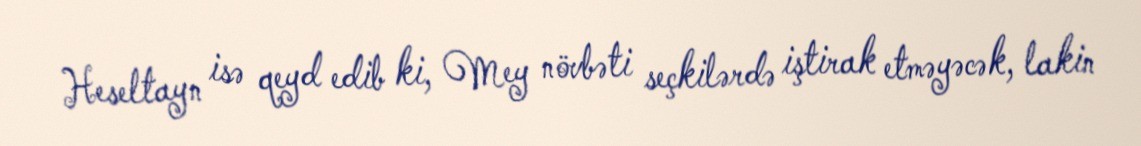
Heseltayn isə qeyd edib ki, Mey növbəti seçkilərdə iştirak etməyəcək, lakin